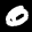
Label: 0